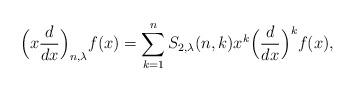
LaTeX: \begin{align*}\Big(x\frac{d}{dx}\Big)_{n,\lambda}f(x)=\sum_{k=1}^{n}S_{2,\lambda}(n,k)x^{k}\Big(\frac{d}{dx}\Big)^{k}f(x),\end{align*}